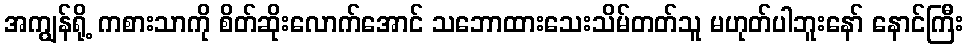
အကျွန်ရို့ ကစားသာကို စိတ်ဆိုးလောက်အောင် သဘောထားသေးသိမ်တတ်သူ မဟုတ်ပါဘူးနော် နောင်ကြီး